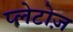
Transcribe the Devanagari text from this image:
प्लेटोज़